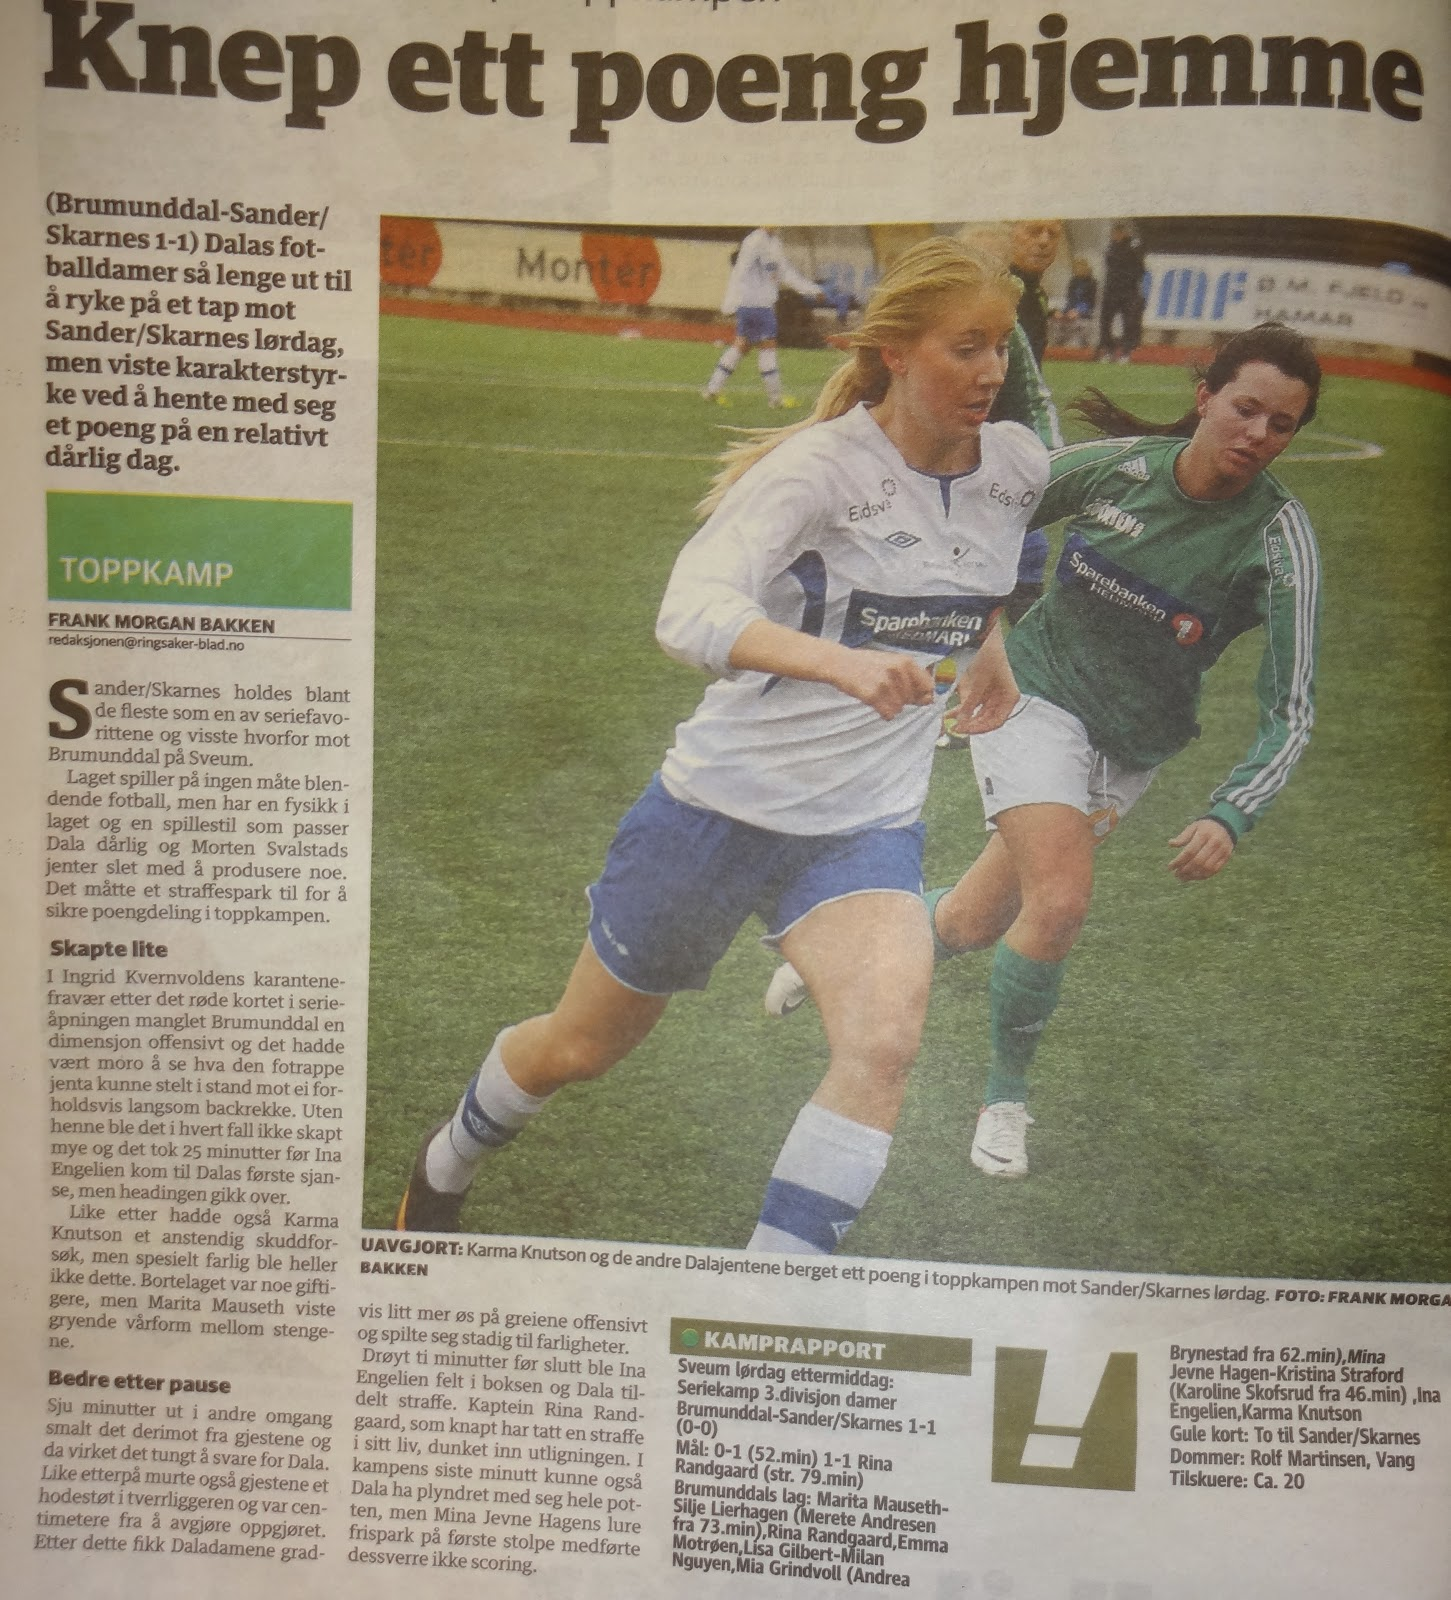
Language: no